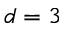
d = 3